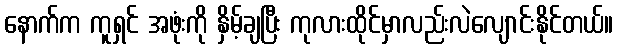
နောက်က ကူရှင် အဖုံးကို နှိမ့်ချပြီး ကုလားထိုင်မှာလည်းလဲလျောင်းနိုင်တယ်။